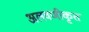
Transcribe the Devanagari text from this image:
अलवणीकृत